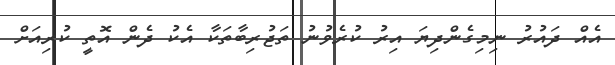
އެއް ދައުރު ނިމިގެންދިޔަ އިރު ކުރެވުނު ތަޖުރިބާތަކާ އެކު ދެން އޮތީ ކުރިއަށް